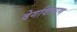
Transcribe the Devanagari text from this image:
वेगवितरण